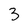
Character: 3